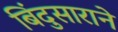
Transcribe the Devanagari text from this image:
बिंदुसाराने